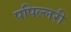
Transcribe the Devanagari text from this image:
पपिल्लरी